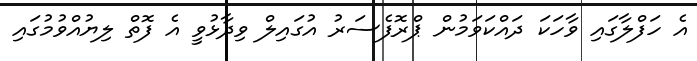
އެ ހަފްލާގައި ވާހަކަ ދައްކަވަމުން ޕްރޮފެސަރު އުގައިލް ވިދާޅުވީ އެ ފޮތް ލިޔުއްވުމުގައި